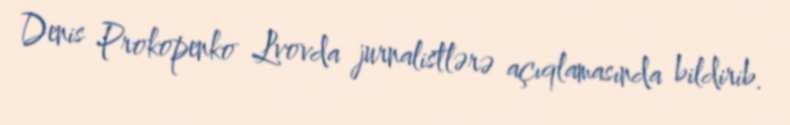
Denis Prokopenko Lvovda jurnalistlərə açıqlamasında bildirib.